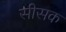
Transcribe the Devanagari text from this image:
सीसक